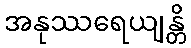
အနုဿရေယျန္တိ